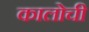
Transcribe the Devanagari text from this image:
कालोची